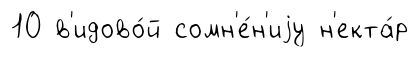
10 в'идово́й сомн'е́н'иjу н'екта́р